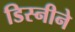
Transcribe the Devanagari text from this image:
डिस्नीने